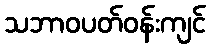
သဘာဝပတ်ဝန်းကျင်